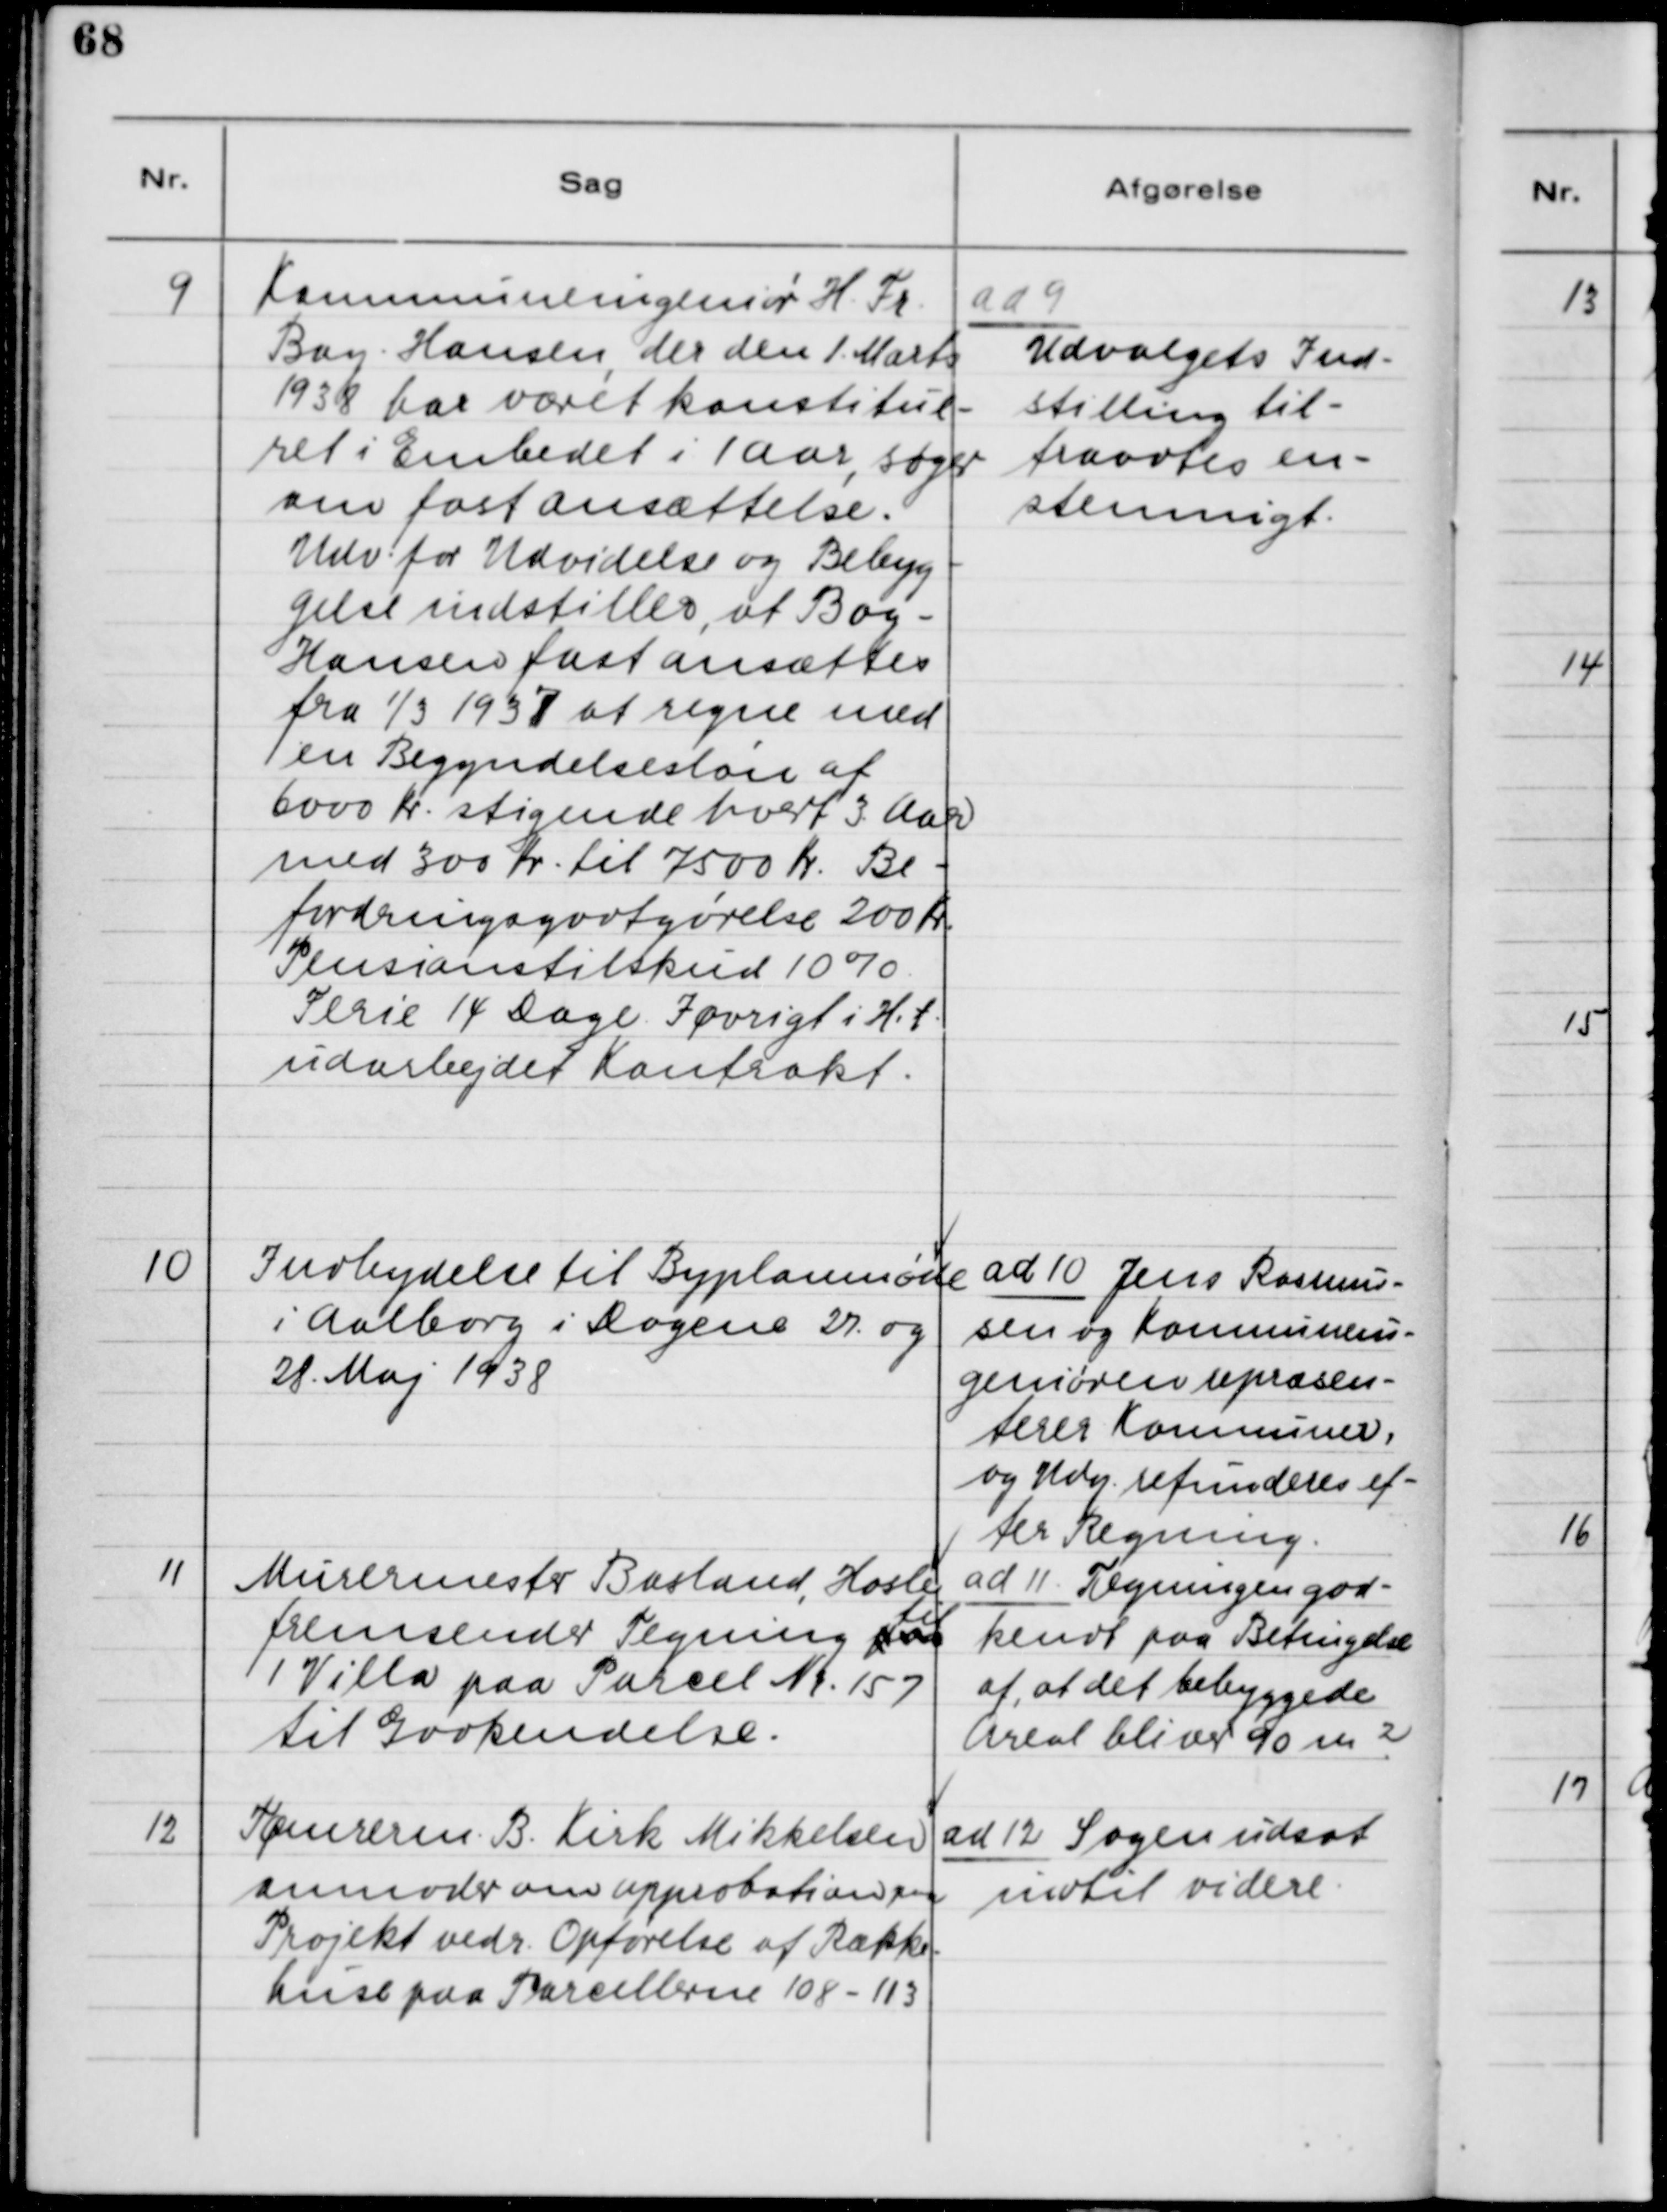
Transskription:
9. Kommuneingeniør H. Fr.
Bay - Hansen, der den 1. Marts
1938 har været konstitue-
ret i Embedet i 1 Aar, søger
om fast Ansættelse.
Udv. for Udvidelse og Bebyg-
gelse indstiller, at Bay -
Hansen fastansættes
fra 1/3 1937 at regne med
en Begyndelsesløn af
6000 Kr. stigende hvert 3. Aar
med 300 Kr. til 7500 Kr. Be-
fordringsgodtgørelse 200 Kr.
Pensionstilskud 10%.
Ferie 14 Dage. Iøvrigt i H. t.
udarbejdet Kontrakt.

ad 9.
Udvalgets Ind-
stilling til-
trædes en-
stemmigt.

10. Indbydelse til Byplansmøde
i Aalborg i Dagene 27. og
28. Maj 1938.

ad 10. Jens Rasmus-
sen og Kommunein-
geniøren repræsen-
terer Kommunen,
og Udg. refunderes ef-
ter Regning.

11. Murermester Baslund, Hasle,
fremsender Tegning paa til
1 Villa paa Parcel Nr. 157
til Godkendelse.

ad 11. Tegningen god-
kendt paa Betingelse
af, at det bebyggede
Areal bliver 90 m2.

12. Tømrerm. B. Kirk Mikkelsen
anmoder om Approbation om
Projekt vedr. Opførelse af Række-
huse paa Parcellerne 108 - 113.

ad 12. Sagen udsat
indtil videre.